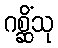
ဂစ္ဆိံသု